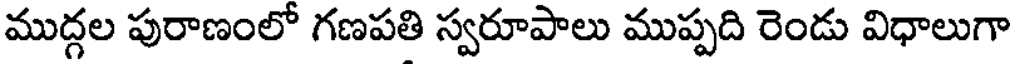
ముద్గల పురాణంలో గణపతి స్వరూపాలు ముప్పది రెండు విధాలుగా